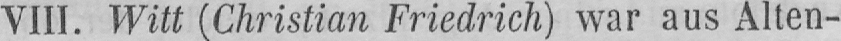
VIII. Witt (Christian Friedrich) war aus Alten-